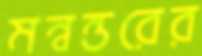
মন্বন্তরের